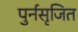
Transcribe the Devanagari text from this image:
पुर्नसृजित